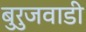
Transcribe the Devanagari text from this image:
बुरुजवाडी